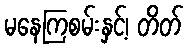
မနေကြစမ်းနှင့်၊ တိတ်